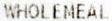
WHOLEMEAL